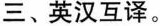
三、英汉互译。